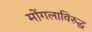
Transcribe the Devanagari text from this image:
मोंगलाविरुद्ध